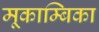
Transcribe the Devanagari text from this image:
मूकाम्‍बिका